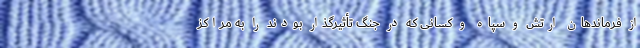
از فرماندهان ارتش و سپاه و کسانی که در جنگ تأثیرگذار بودند را به مراکز